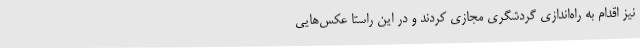
نیز اقدام به راه‌اندازی گردشگری مجازی کردند و در این راستا عکس‌هایی